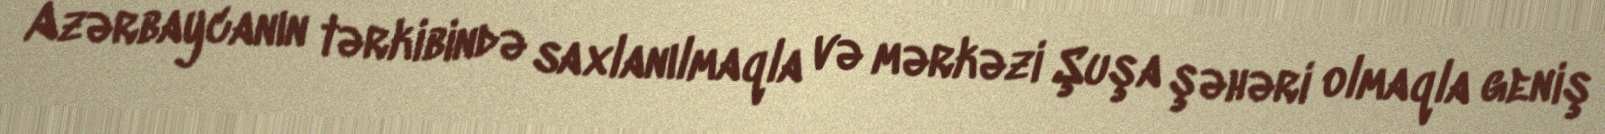
Azərbaycanın tərkibində saxlanılmaqla və mərkəzi Şuşa şəhəri olmaqla geniş